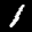
Label: 1